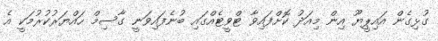
ގުޅިގެން އައިޕީޔޫ އިން މިއަދު ކޮށްފައިވާ ޓްވީޓެއްގައި ބުނެފައިވަނީ ގާސިމް ހައްޔަރުކުރުމަކީ އެ